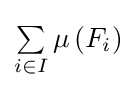
\textstyle \sum \limits _{i\in I}\mu \left(F_{i}\right)